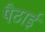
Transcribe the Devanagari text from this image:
पैठाई